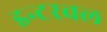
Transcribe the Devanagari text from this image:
इन्टरवल